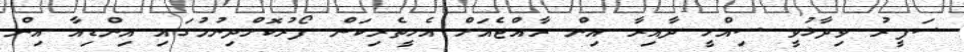
ސަފީރު ވިދާޅުވީ ސިއްހީ ދާއިރާ އިން ރާއްޖެއަށް އެހީތެރިކަން ފޯރުކޮށްދިނުމުގައި އިންޑިއާ އިން